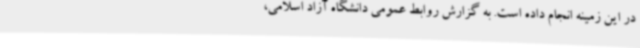
در این زمینه انجام داده است. به گزارش روابط عمومی دانشگاه آزاد اسلامی،